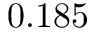
0 . 1 8 5